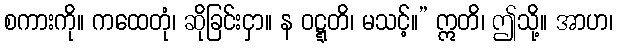
စကားကို။ ကထေတုံ၊ ဆိုခြင်းငှာ။ န ဝဋ္ဋတိ၊ မသင့်။” ဣတိ၊ ဤသို့။ အာဟ၊